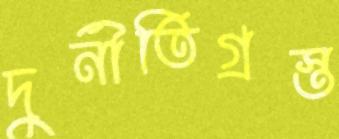
দুর্নীতিগ্রস্ত